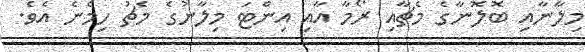
މިލާނާއި ބޮލޮނާގެ މެޗާއި ރޯމާ އާއި އިންޓަ މިލާނުގެ މެޗު ހިމެނެ އެވެ.